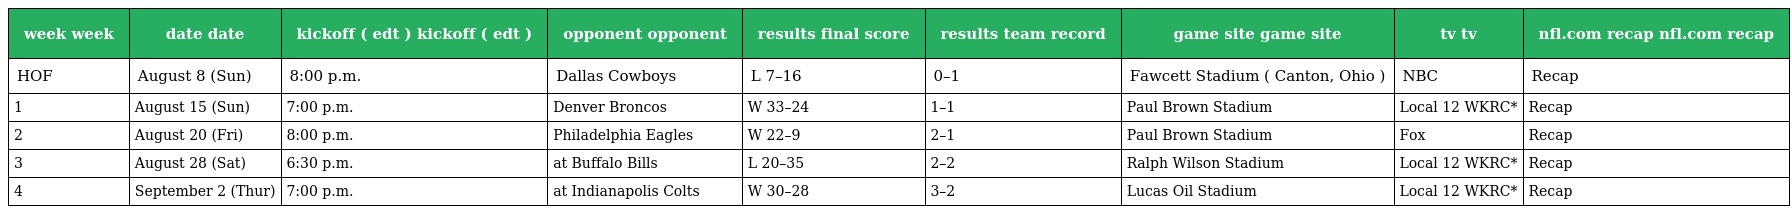
| week week | date date | kickoff ( edt ) kickoff ( edt ) | opponent opponent | results final score | results team record | game site game site | tv tv | nfl.com recap nfl.com recap |
 | --- | --- | --- | --- | --- | --- | --- | --- | --- |
 | HOF | August 8 (Sun) | 8:00 p.m. | Dallas Cowboys | L 7–16 | 0–1 | Fawcett Stadium ( Canton, Ohio ) | NBC | Recap |
 | 1 | August 15 (Sun) | 7:00 p.m. | Denver Broncos | W 33–24 | 1–1 | Paul Brown Stadium | Local 12 WKRC* | Recap |
 | 2 | August 20 (Fri) | 8:00 p.m. | Philadelphia Eagles | W 22–9 | 2–1 | Paul Brown Stadium | Fox | Recap |
 | 3 | August 28 (Sat) | 6:30 p.m. | at Buffalo Bills | L 20–35 | 2–2 | Ralph Wilson Stadium | Local 12 WKRC* | Recap |
 | 4 | September 2 (Thur) | 7:00 p.m. | at Indianapolis Colts | W 30–28 | 3–2 | Lucas Oil Stadium | Local 12 WKRC* | Recap |